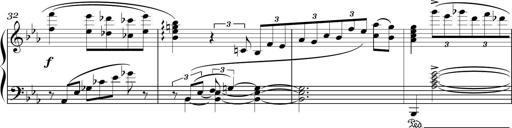
Title: Sonatina in E minor
Composer: Shuwen Zhang
Key: E minor